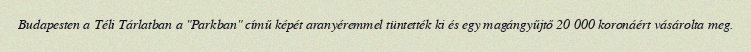
Budapesten a Téli Tárlatban a "Parkban" című képét aranyéremmel tüntették ki és egy magángyűjtő 20 000 koronáért vásárolta meg.